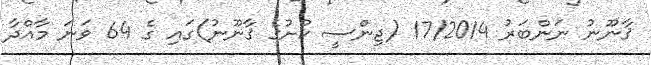
ޤާނޫނު ނަންބަރު 17/2014 (ޖިންސީ ކުށުގެ ޤާނޫނު)ގައި ގެ 64 ވަނަ މާއްދާ